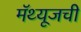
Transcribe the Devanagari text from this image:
मॅथ्यूजची